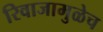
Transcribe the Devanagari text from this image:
रिवाजामुळेच